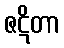
ဇဋိတာ